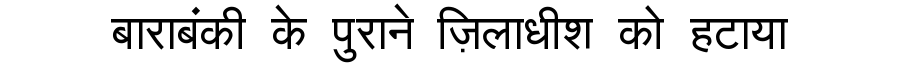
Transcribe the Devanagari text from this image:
बाराबंकी के पुराने ज़िलाधीश को हटाया